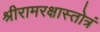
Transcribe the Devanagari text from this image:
श्रीरामरक्षास्तोत्रं